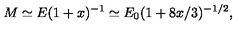
M \simeq E ( 1 + x ) ^ { - 1 } \simeq E _ { 0 } ( 1 + 8 x / 3 ) ^ { - 1 / 2 } ,